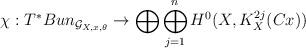
LaTeX: \begin{align*}\chi : T^* Bun_{\mathcal{G}_{X,x,\theta}} \rightarrow \bigoplus \bigoplus_{j=1}^n H^{0}(X,K_X^{2j}(Cx))\end{align*}